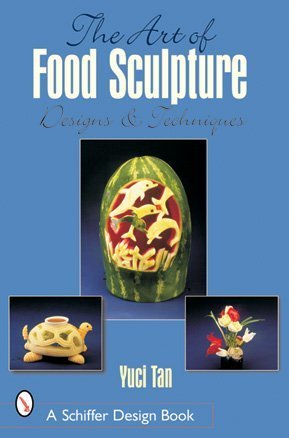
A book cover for The Art of Food Sculpture: Designs & Techniques (Schiffer Design Books); Yuci Tan; Cookbooks, Food & Wine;